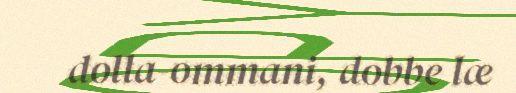
dolla-ommani, dobbe læ